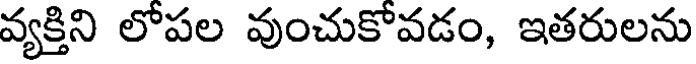
వ్యక్తిని లోపల వుంచుకోవడం, ఇతరులను